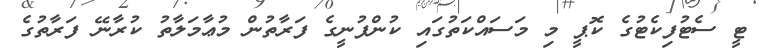
ޓީ ސެޓުފިކެޓުގެ ކޮޕީ މި މަސައްކަތުގައި ކުންފުނީގެ ފަރާތުން މުޢާމަލާތު ކުރާނޭ ފަރާތުގެ